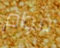
قوام